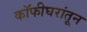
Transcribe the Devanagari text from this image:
कॉफीघरांतून